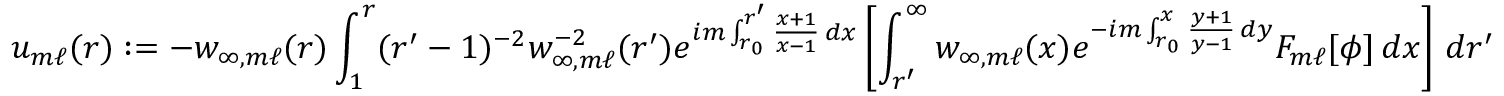
u _ { m \ell } ( r ) : = - w _ { \infty , m \ell } ( r ) \int _ { 1 } ^ { r } ( r ^ { \prime } - 1 ) ^ { - 2 } w _ { \infty , m \ell } ^ { - 2 } ( r ^ { \prime } ) e ^ { i m \int _ { r _ { 0 } } ^ { r ^ { \prime } } \frac { x + 1 } { x - 1 } \, d x } \left[ \int _ { r ^ { \prime } } ^ { \infty } w _ { \infty , m \ell } ( x ) e ^ { - i m \int _ { r _ { 0 } } ^ { x } \frac { y + 1 } { y - 1 } \, d y } F _ { m \ell } [ \phi ] \, d x \right] \, d r ^ { \prime }